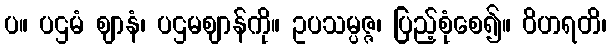
ပ။ ပဌမံ ဈာနံ၊ ပဌမဈာန်ကို။ ဥပသမ္ပဇ္ဇ၊ ပြည့်စုံစေ၍။ ဝိဟရတိ၊